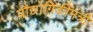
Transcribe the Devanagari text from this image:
प्रौद्योगिकीमंत्री